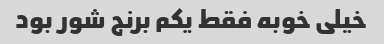
خیلی خوبه فقط یکم برنج شور بود